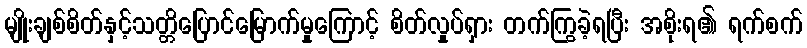
မျိုးချစ်စိတ်နှင့်သတ္တိပြောင်မြောက်မှုကြောင့် စိတ်လှုပ်ရှား တက်ကြွခဲ့ရပြီး အစိုးရ၏ ရက်စက်